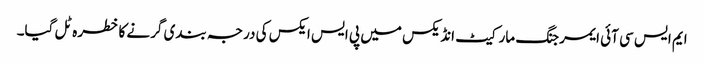
ایم ایس سی آئی ایمرجنگ مارکیٹ انڈیکس میں پی ایس ایکس کی درجہ بندی گرنے کا خطرہ ٹل گیا۔